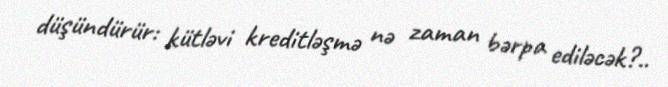
düşündürür: kütləvi kreditləşmə nə zaman bərpa ediləcək?..